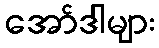
အော်ဒါများ